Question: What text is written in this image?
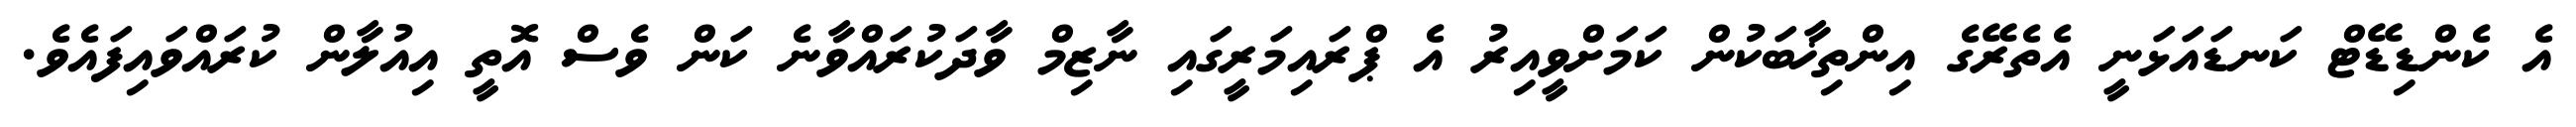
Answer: އެ ކެންޑިޑޭޓް ކަނޑައަޅަނީ އެތެރޭގެ އިންތިޚާބަކުން ކަމަށްވީއިރު އެ ޕްރައިމަރީގައި ނާޒިމް ވާދަކުރައްވާނެ ކަން ވެސް އޮތީ އިއުލާން ކުރައްވައިފައެވެ.